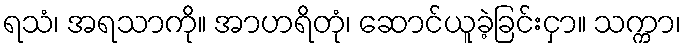
ရသံ၊ အရသာကို။ အာဟရိတုံ၊ ဆောင်ယူခဲ့ခြင်းငှာ။ သက္ကာ၊